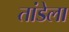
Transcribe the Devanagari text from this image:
तांडेला